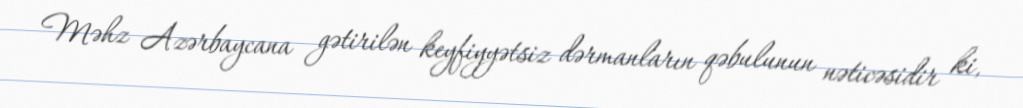
Məhz Azərbaycana gətirilən keyfiyyətsiz dərmanların qəbulunun nəticəsidir ki,